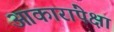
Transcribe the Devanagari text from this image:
आकारांपेक्षा